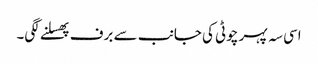
اسی سہ پہر چوٹی کی جانب سے برف پھسلنے لگی۔